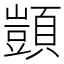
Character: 顗